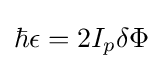
\hbar \epsilon =2I_{p}\delta \Phi